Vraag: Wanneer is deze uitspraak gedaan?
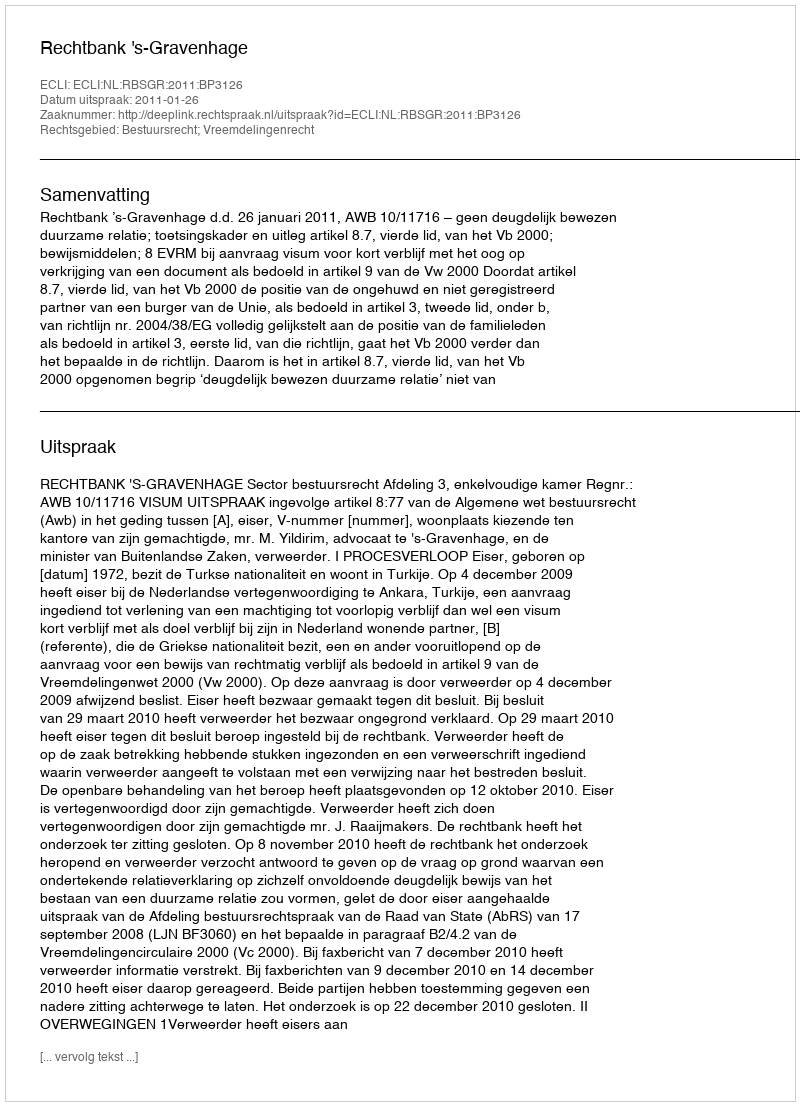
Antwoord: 2011-01-26